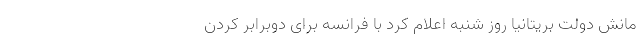
مانش دولت بریتانیا روز شنبه اعلام کرد با فرانسه برای دوبرابر کردن